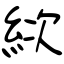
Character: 絘